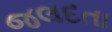
જલદતા